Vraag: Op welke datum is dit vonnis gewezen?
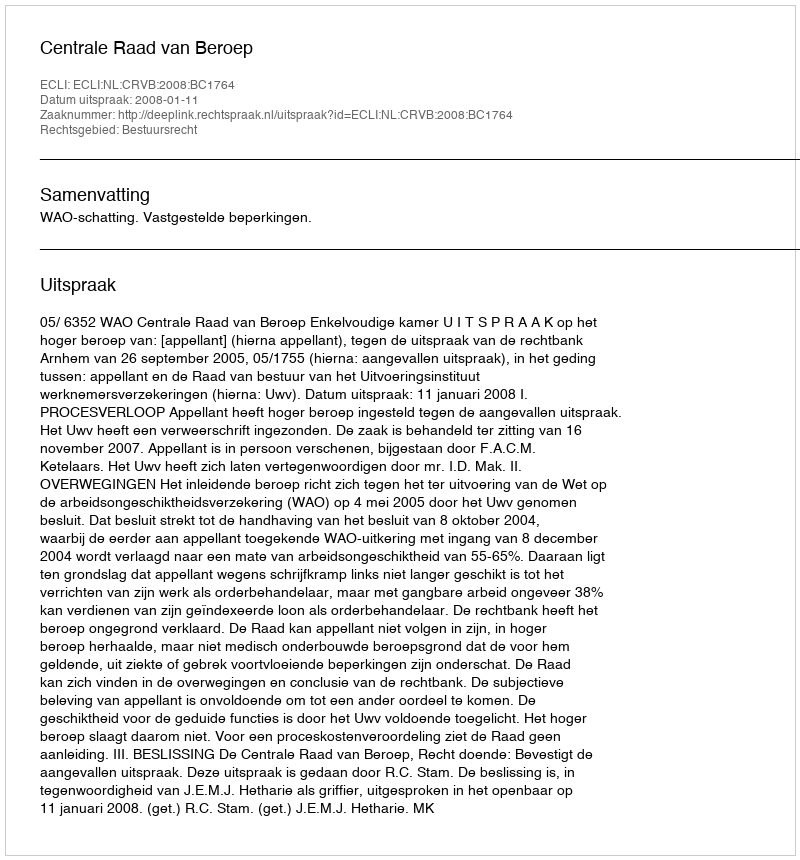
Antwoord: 2008-01-11